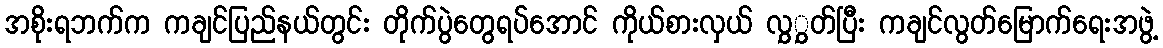
အစိုးရဘက်က ကချင်ပြည်နယ်တွင်း တိုက်ပွဲတွေရပ်အောင် ကိုယ်စားလှယ် လွှွှတ်ပြီး ကချင်လွတ်မြောက်ရေးအဖွဲ့